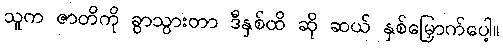
သူက ဇာတိကို ခွာသွားတာ ဒီနှစ်ထိ ဆို ဆယ် နှစ်မြှောက်ပေါ့။